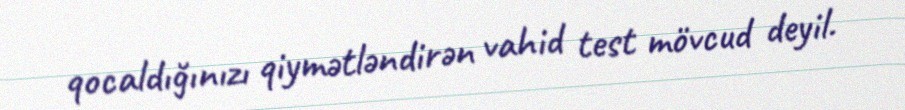
qocaldığınızı qiymətləndirən vahid test mövcud deyil.